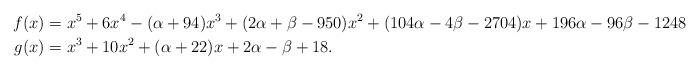
LaTeX: \begin{align*} f(x) &= x^5+ 6 x^4-(\alpha+94) x^3 +(2\alpha+\beta-950) x^2 +(104\alpha-4\beta-2704) x +196\alpha-96\beta-1248 \\ g(x) &= x^3+10x^2+(\alpha+22)x+2\alpha-\beta+18.\end{align*}